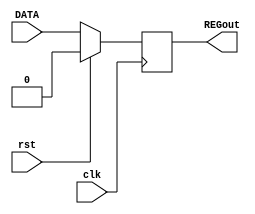
module simpleREG #(parameter W=1) (DATA,clk,rst,REGout);
input rst,clk;
input [W-1:0] DATA;
output reg [W-1:0] REGout;
initial
begin
REGout=32'b0;
end

always @(posedge clk)
begin
	if(rst==1)
		begin
			REGout<=0;
		end
	else
		begin
		
			REGout<=DATA;
		end

end

endmodule